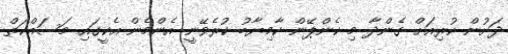
ދަށުން ކުރިއަށް ގެންދާ މި ކެންޕޭން ކާމިޔާބު ކުރެވޭނީ އެންމެން އެކީގައި މަސައްކަތް